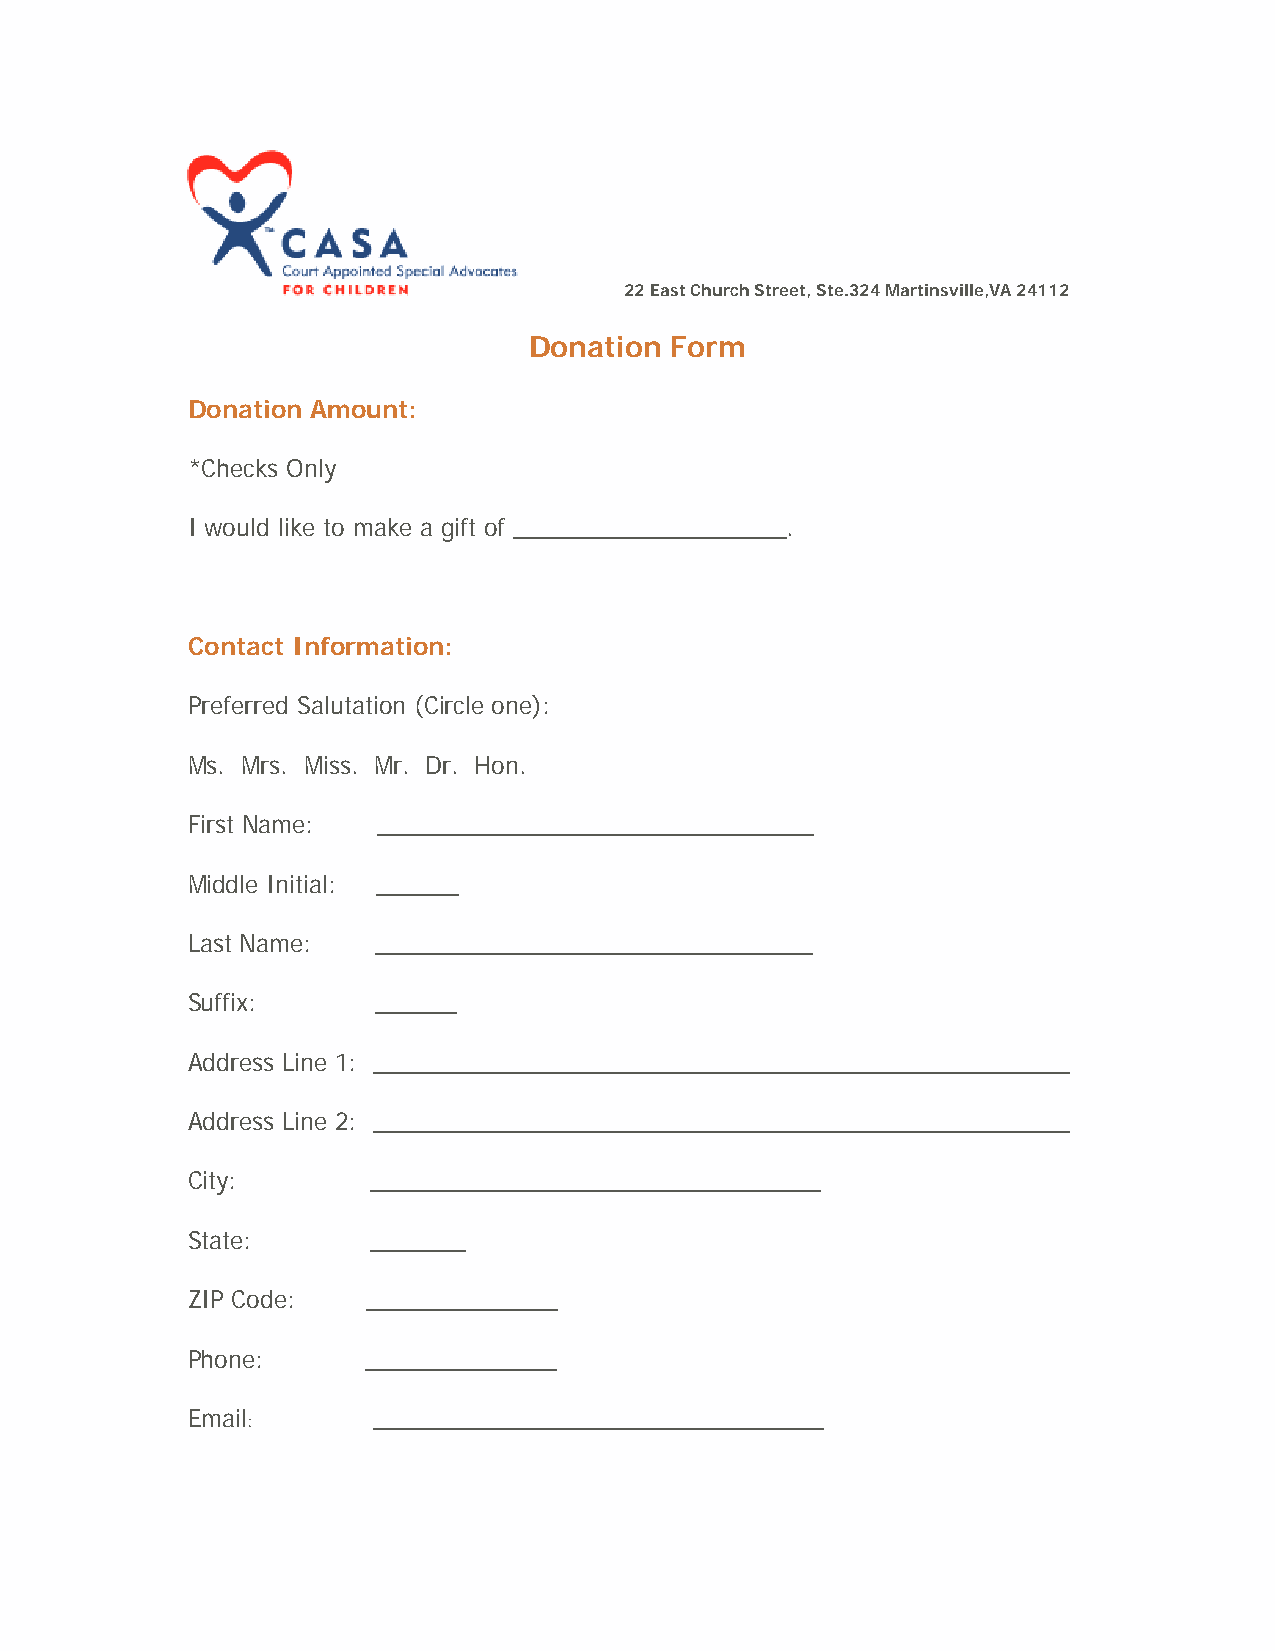
22 East Church Street, Ste.324 Martinsville,VA 24112
 Donation Form
 Donation Amount:
 *Checks Only
 I would like to make a gift of ____________________.
 Contact Information:
 Preferred Salutation (Circle one):
 Ms. Mrs. Miss. Mr. Dr. Hon.
 First Name:  ________________________________
 Middle Initial: ______
 Last Name:   ________________________________
 Suffix:      ______
 Address Line 1: ___________________________________________________
 Address Line 2: ___________________________________________________
 City:        _________________________________
 State:       _______
 ZIP Code:   ______________
 Phone:      ______________
 Email        _________________________________
 :